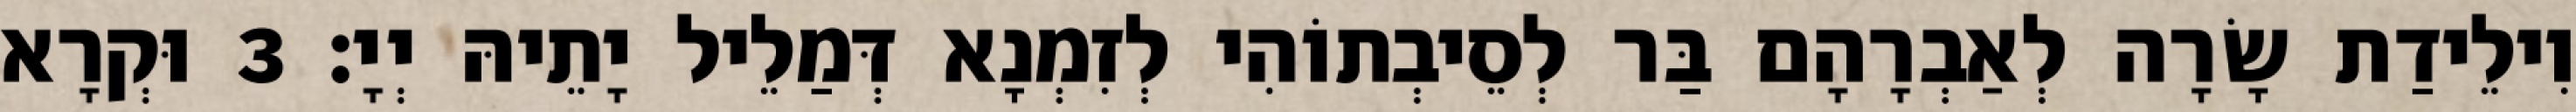
וִילֵידַת שָׂרָה לְאַבְרָהָם בַּר לְסֵיבְתוֹהִי לְזִמְנָא דְּמַלֵיל יָתֵיהּ יְיָ׃ 3 וּקְרָא